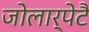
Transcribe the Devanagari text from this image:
जोलार्पेटै